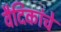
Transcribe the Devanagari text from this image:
वैदिकांचे